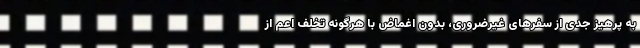
به پرهیز جدی از سفرهای غیرضروری، بدون اغماض با هرگونه تخلف اعم از